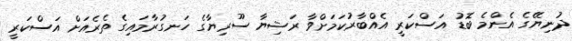
ދުނިޔޭގެ އެންމެ ބޮޑު އަސްކަރީ އެއްބާރުކަމަށްވާ ރަޝިޔާ ސޫރިޔާގެ ހަނގުރާމައިގެ ތެރެއަށް އަސްކަރީ